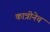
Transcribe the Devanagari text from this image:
कात्रीनेच